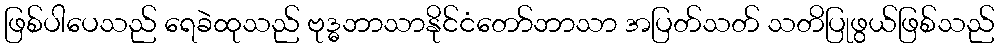
ဖြစ်ပါပေသည် ရေခဲထုသည် ဗုဒ္ဓဘာသာနိုင်ငံတော်ဘာသာ အပြတ်သတ် သတိပြုဖွယ်ဖြစ်သည်